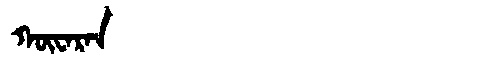
Manchu: ᡴᡡᠸᠠᡵᠠᠨ
Romanization: KŪWARAN